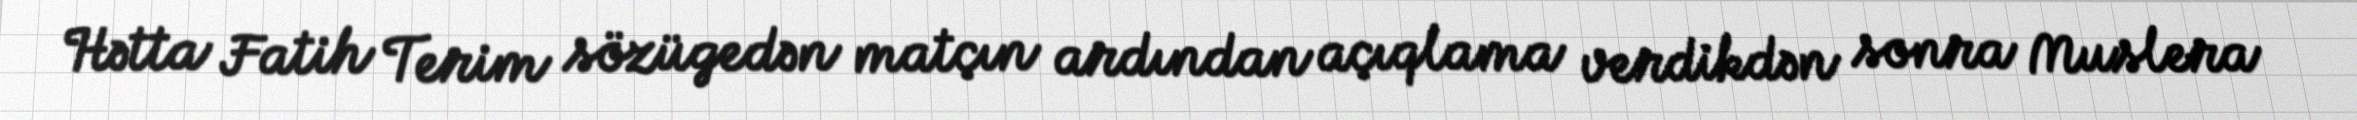
Hətta Fatih Terim sözügedən matçın ardından açıqlama verdikdən sonra Muslera